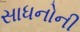
સાધનોની